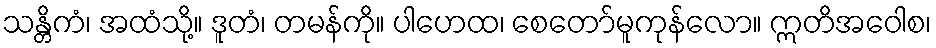
သန္တိကံ၊ အထံသို့။ ဒူတံ၊ တမန်ကို။ ပါဟေထ၊ စေတော်မူကုန်လော။ ဣတိအဝေါစ၊